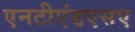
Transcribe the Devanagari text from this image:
एनटीएंडएसए